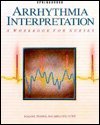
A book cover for Arrhythmia Interpretation: A Workbook for Nurses; Joanne Noone; Medical Books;